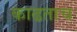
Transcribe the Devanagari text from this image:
काढताच